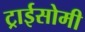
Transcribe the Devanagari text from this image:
ट्राईसोमी